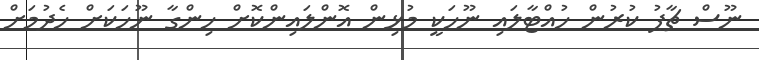
ނޫސް ޗާޕު ކުރުން ހުއްޓާލައި ނޫހަކީ މުޅިން އޮންލައިންކޮށް ހިންގާ ނޫހަކަށް ހެދުމަށް